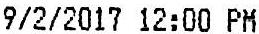
9/2/2017 12:00 PM